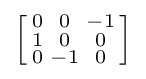
\left[{\begin{smallmatrix}0&0&-1\\1&0&0\\0&-1&0\\\end{smallmatrix}}\right]